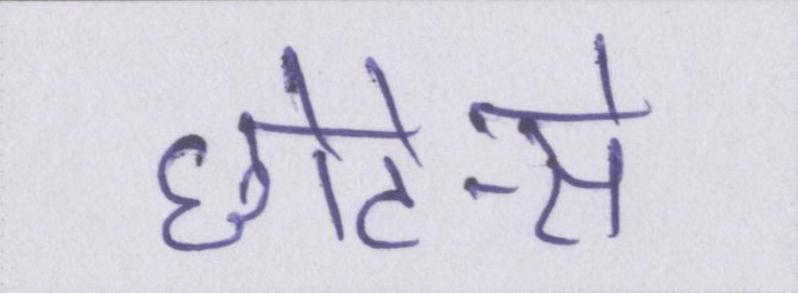
छोटे-से